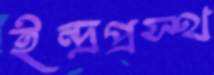
ইন্দ্রপ্রস্থ